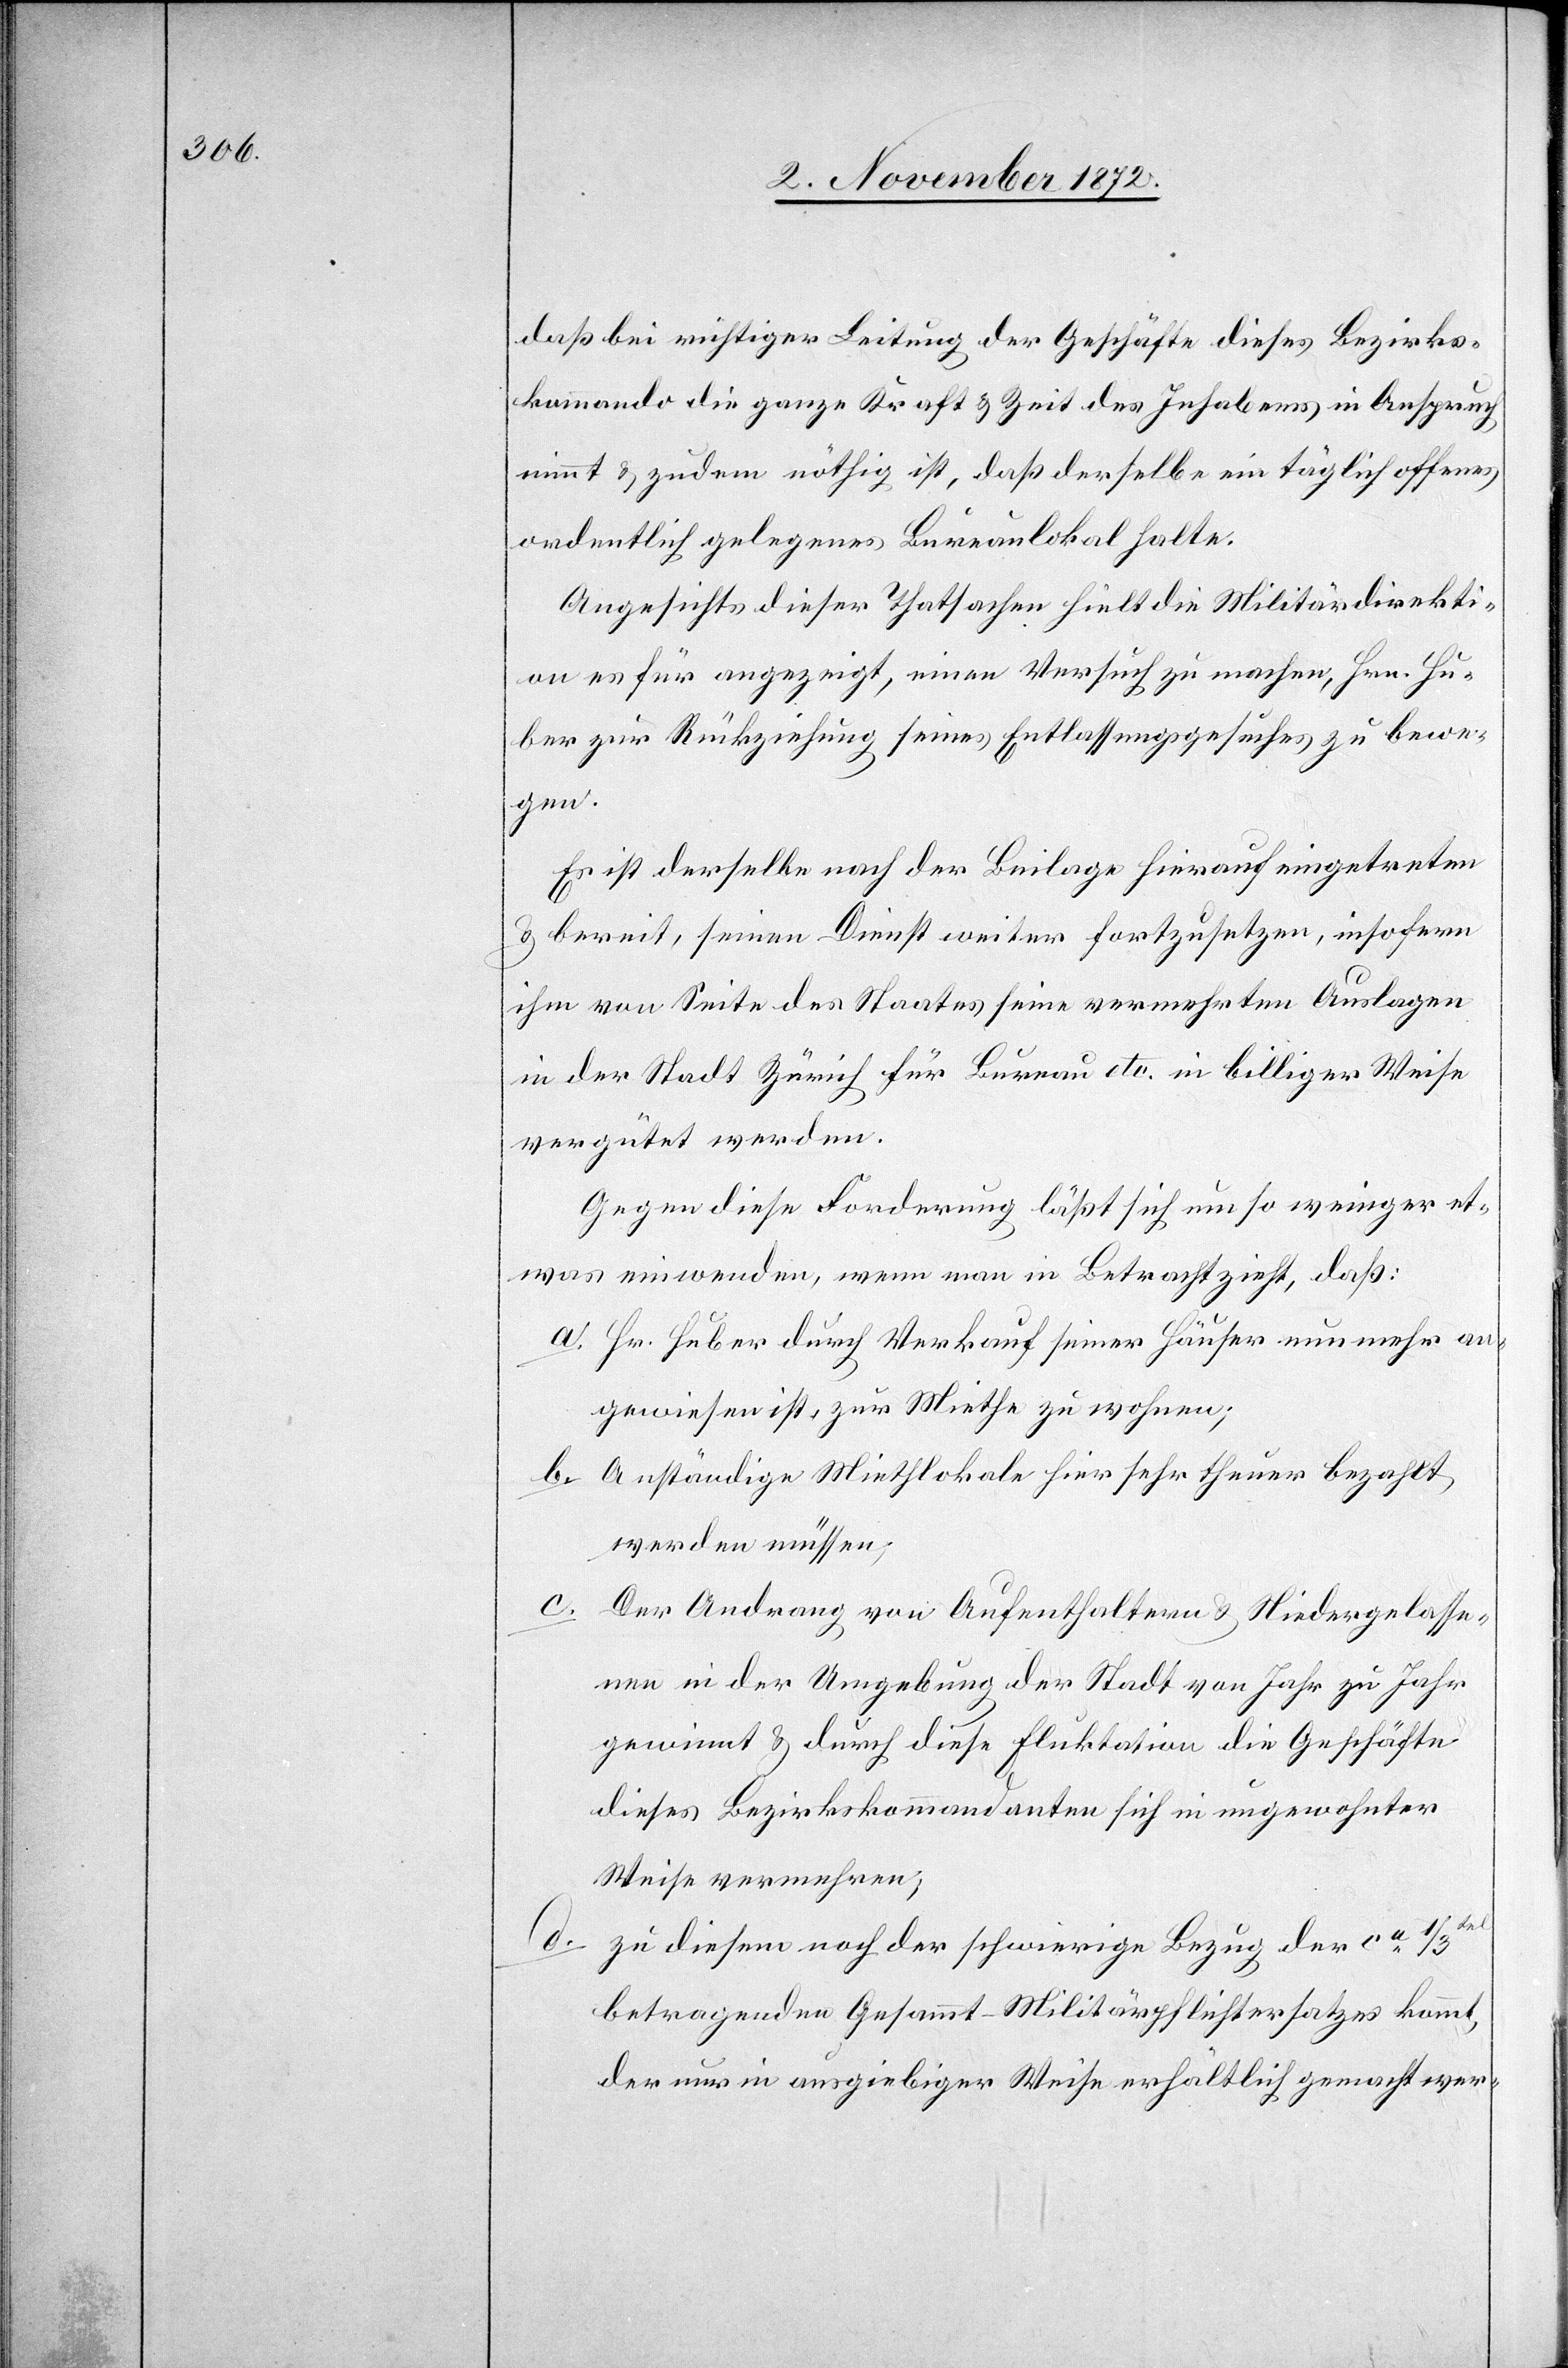
daß bei richtiger Leitung der Geschäfte dieses Bezirks¬
kommando die ganze Kraft u. Zeit des Inhabers in Anspruch
nimmt u. zudem nöthig ist, daß derselbe ein täglich offenes
ordentlich gelegenes Bureaulokal halte.
Angesichts dieser Thatsachen hielt die Militärdirekti¬
on es für angezeigt, einen Versuch zu machen, Hrn. Hu¬
ber zur Rückziehung seines Entlassungsgesuches zu bewe¬
gen.
Es ist derselbe nach der Beilage hierauf eingetreten
u. bereit, seinen Dienst weiter fortzusetzen, insofern
ihm von Seite des Staates seine vermehrten Auslagen
in der Stadt Zürich für Bureau etc. in billiger Weise
vergütet werden.
Gegen diese Forderung läßt sich um so weniger et¬
was einwenden, wenn man in Betracht zieht, daß:
a. Hr. Huber durch Verkauf seiner Häuser nunmehr an¬
gewiesen ist, zur Miethe zu wohnen;
b. Anständige Miethlokale hier sehr theuer bezahlt
werden müssen,
c. Der Andrang von Aufenthaltern u. Niedergelasse¬
nen in der Umgebung der Stadt von Jahr zu Jahr
gewinnt u. durch diese Flukt[u]ation die Geschäfte
dieses Bezirkskommandanten sich in ungewohnter
Weise vermehren;
d.
zu diesem noch der schwierige Bezug der ca
betragenden Gesammt-Militärpflichtersatzes kommt,
der nur in ausgiebiger Weise erhältlich gemacht wer-